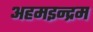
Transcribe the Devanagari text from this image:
अहमइन्द्रम